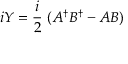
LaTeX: i Y = \frac { i } { 2 } \; ( A ^ { \dagger } B ^ { \dagger } - A B )